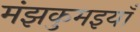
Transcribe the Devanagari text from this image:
मंझकुमइयाँ